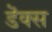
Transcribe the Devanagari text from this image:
डॆक्स